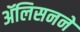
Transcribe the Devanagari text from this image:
ॲलिसनने